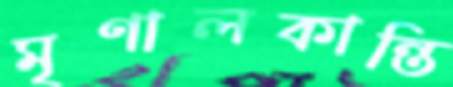
মৃণালকান্তি